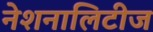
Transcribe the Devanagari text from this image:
नेशनालिटीज